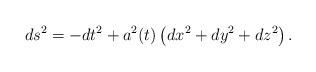
\begin{align*}ds^2 = -dt^2 + a^2(t) \left( dx^2 + dy^2 + dz^2 \right).\end{align*}